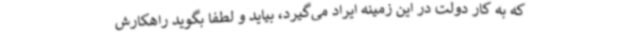
که به کار دولت در این زمینه ایراد می‌گیرد، بیاید و لطفاً بگوید راهکارش